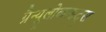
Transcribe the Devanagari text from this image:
ग्रैन्यूलोकाइट्स